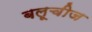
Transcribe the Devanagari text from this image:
बलूचीज